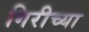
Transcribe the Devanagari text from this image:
गिरीच्या